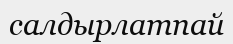
салдырлатпай